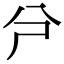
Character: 𠔆